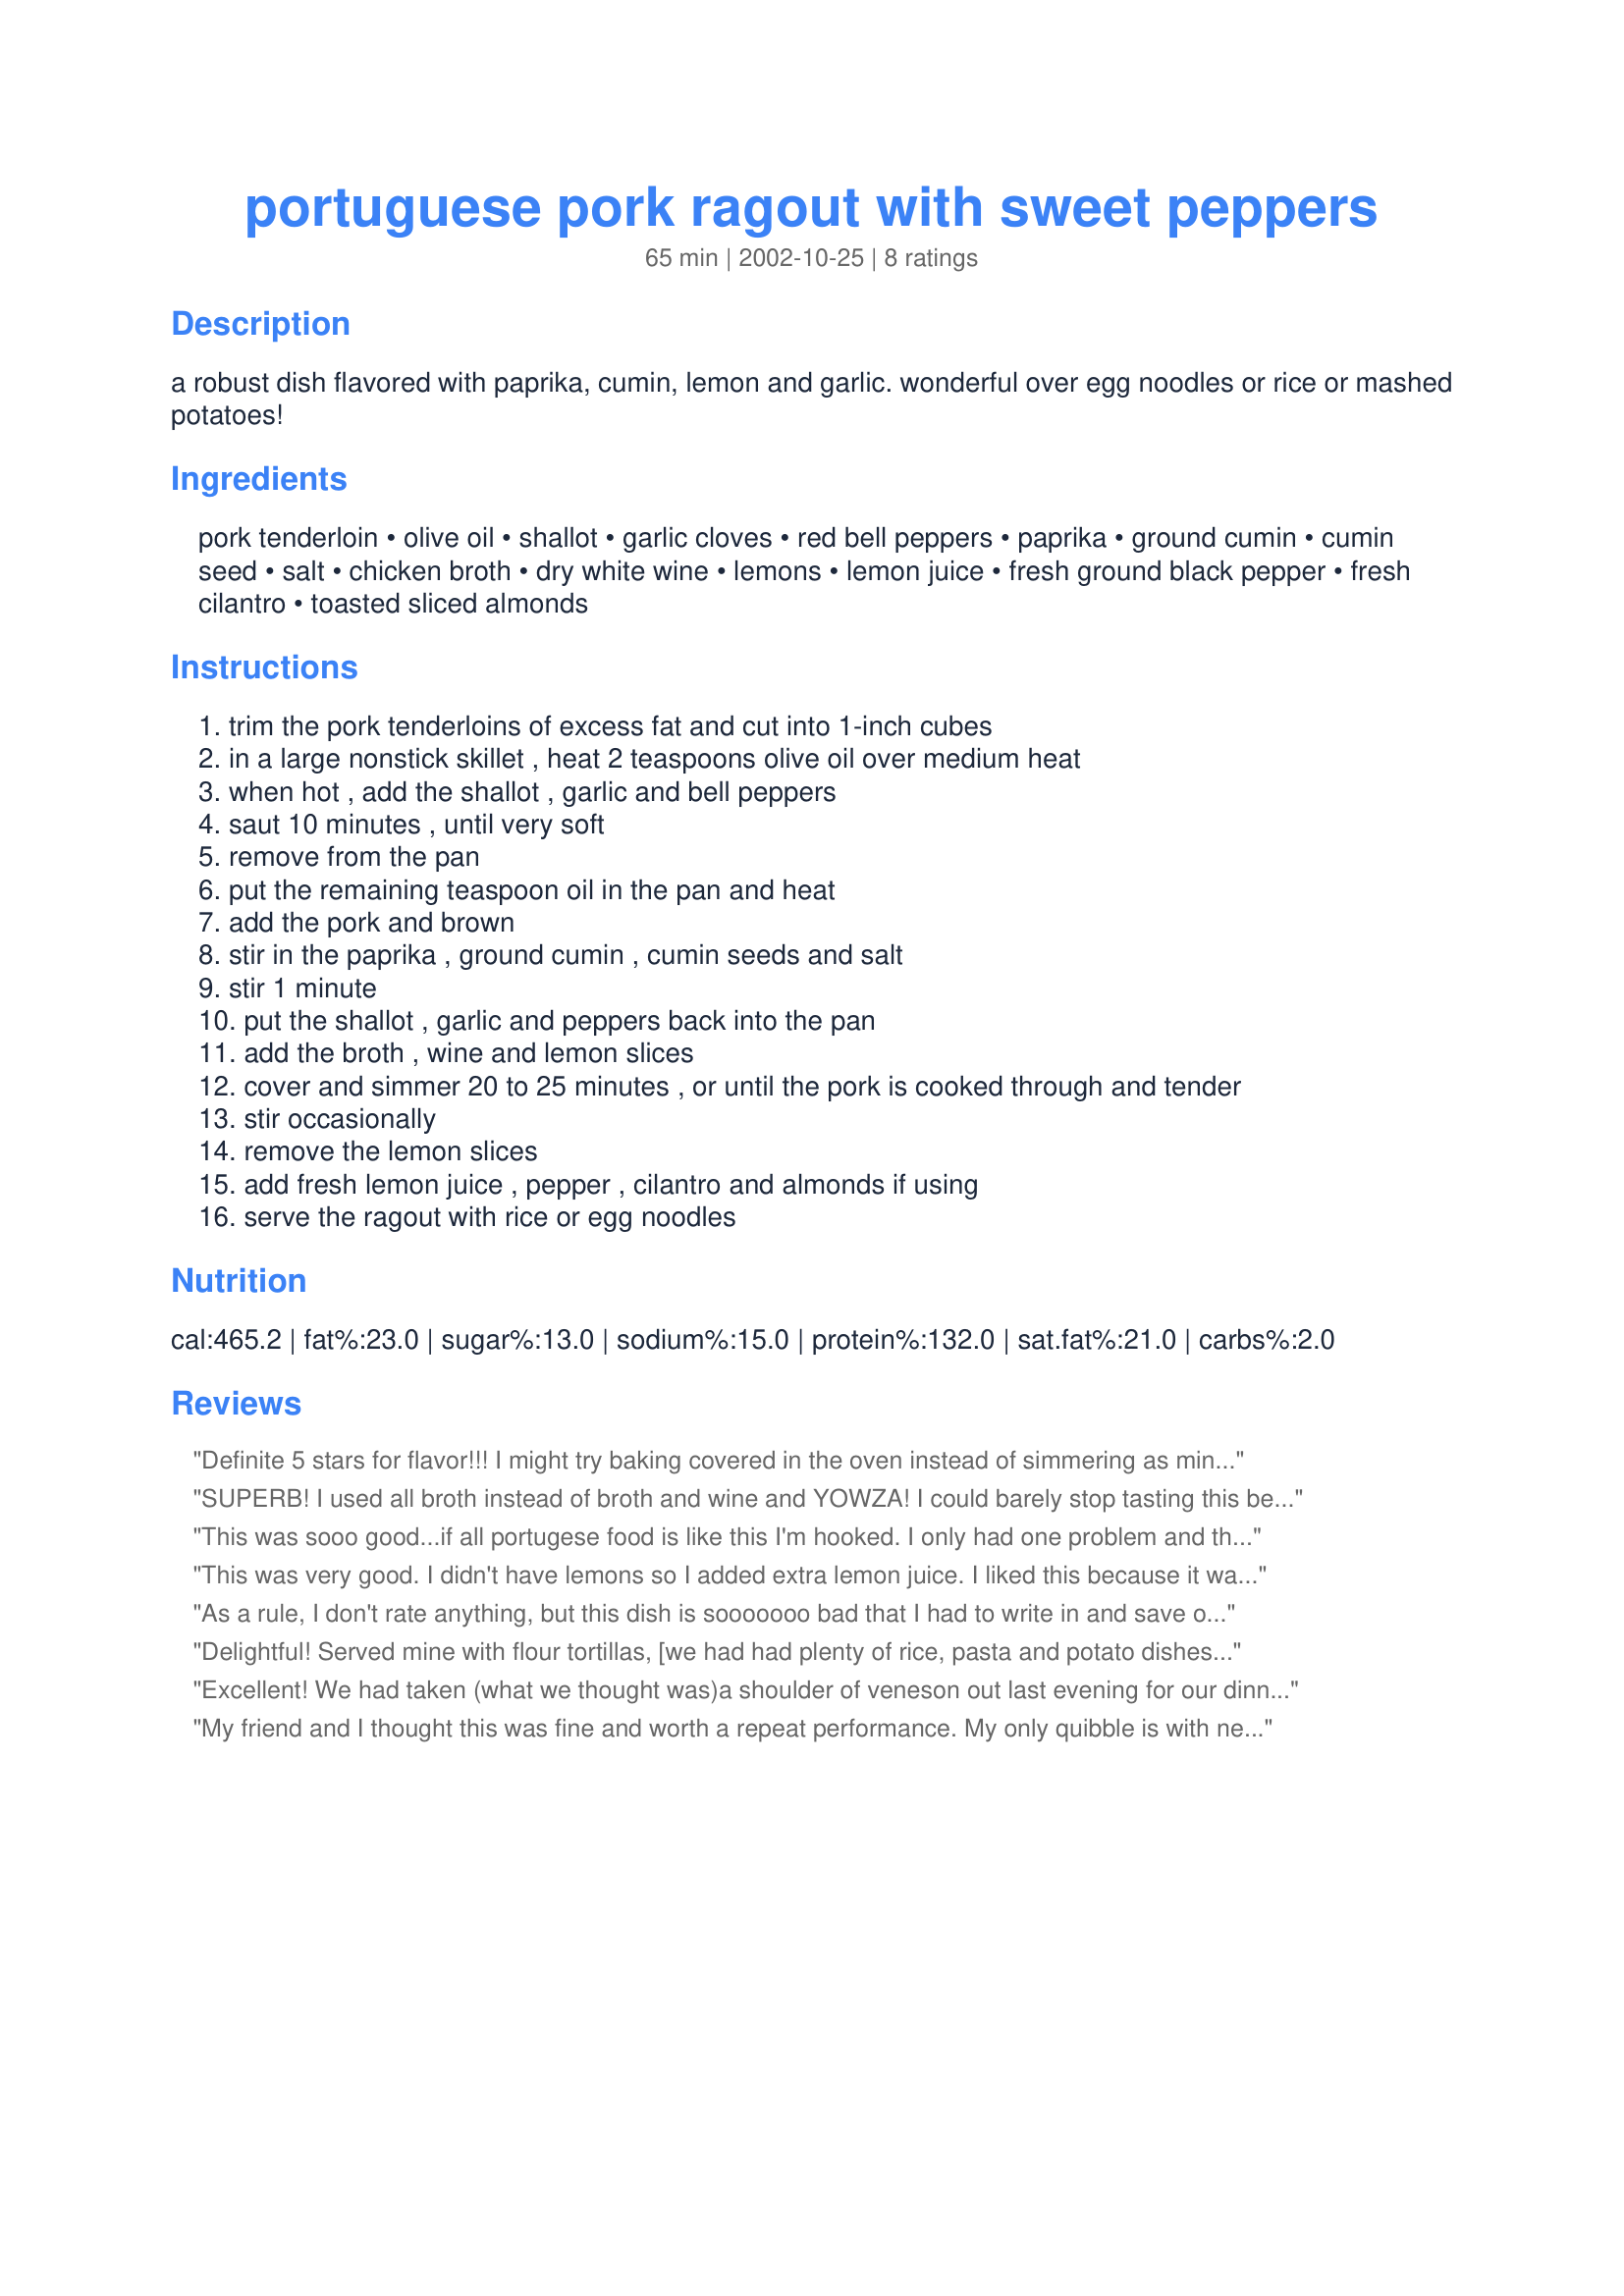
portuguese pork ragout with sweet peppers
Preparation time: 65 minutes

a robust dish flavored with paprika, cumin, lemon and garlic. wonderful over egg noodles or rice or mashed potatoes!

Ingredients:
pork tenderloin, olive oil, shallot, garlic cloves, red bell peppers, paprika, ground cumin, cumin seed, salt, chicken broth, dry white wine, lemons, lemon juice, fresh ground black pepper, fresh cilantro, toasted sliced almonds

Steps:
trim the pork tenderloins of excess fat and cut into 1-inch cubes
in a large nonstick skillet , heat 2 teaspoons olive oil over medium heat
when hot , add the shallot , garlic and bell peppers
saut 10 minutes , until very soft
remove from the pan
put the remaining teaspoon oil in the pan and heat
add the pork and brown
stir in the paprika , ground cumin , cumin seeds and salt
stir 1 minute
put the shallot , garlic and peppers back into the pan
add the broth , wine and lemon slices
cover and simmer 20 to 25 minutes , or until the pork is cooked through and tender
stir occasionally
remove the lemon slices
add fresh lemon juice , pepper , cilantro and almonds if using
serve the ragout with rice or egg noodles

Reviews:
Definite 5 stars for flavor!!! I might try baking covered in the oven instead of simmering as mine came out a bit tough. I thickened the broth with a bit of cornstarch, and also added a bit more stock so it would be saucier. Served it with parslied egg noodles and sliced avacado and we devoured it all!
SUPERB! I used all broth instead of broth and wine and YOWZA! I could barely stop tasting this before dinner was served and there was NOTHING left at the end of the meal! Try it! You won't be disappointed!
This was sooo good...if all portugese food is like this I'm hooked. I only had one problem and that was that my lemon was very lemony, I tasted the dish before I added the extra lemon and decided that it did'nt need it. Oh and i served it over egg noodles...thanks mark
This was very good. I didn't have lemons so I added extra lemon juice. I liked this because it was low carb but still sweet.
As a rule, I don't rate anything, but this dish is sooooooo bad that I had to write in and save other people from wasting good ingredients. I followed this recipe exactly (something else I never do), and even browned the meat in batches so it would not be gray. The pork was still tasteless, the sauce horrific, and this recipe has no reedeeming characteristic. P.S. I am a pretty good cook, and have been successfully making online recipes every week for years. <br/><br/>Sorry yooper and Gidget.
Delightful!
Served mine with flour tortillas, [we had had plenty of rice, pasta and potato dishes this week]. We will surely have this again.
Didn't have any white wine, so I left it out and increased broth. I doubt it made much difference.
Excellent! We had taken (what we thought was)a shoulder of veneson out last evening for our dinner tonight. When we unwrapped it, we found it to be a 4 lb. pork leg roast. I went immediately on line, found your page, and this recipe. Pork tenderloin is expensive. This worked well, thought we did need to cook it for 1 1/2 hours to get it tender. Also, we added 2 C tomatoes and 2 ontion. Will definately do it again!
My friend and I thought this was fine and worth a repeat performance. My only quibble is with nearly 3 lbs. of meat for 4 servings. We ate almost half of 1.62 lbs of pork...plenty left for 2 more or good left overs. Bottom line, however, was that it was easy, with readily found ingredients and it had lots of flavor.
